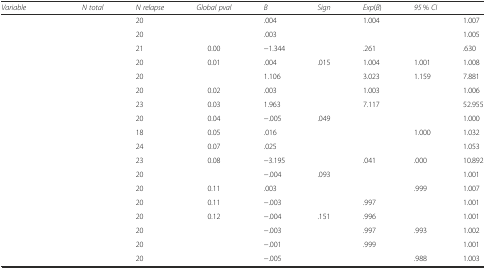
<table><thead><tr><td><b><i>Variable</i></b></td><td><b><i>N total</i></b></td><td><b><i>N relapse</i></b></td><td><b><i>Global pval</i></b></td><td><b><i>B</i></b></td><td><b><i>Sign</i></b></td><td><b><i>Exp</i>(<i>B</i>)</b></td><td colspan="2"><b><i>95</i> % <i>CI</i></b></td></tr></thead><tbody><tr><td>[EMPTY_CELL]</td><td>[EMPTY_CELL]</td><td>20</td><td>[EMPTY_CELL]</td><td>.004</td><td>[EMPTY_CELL]</td><td>1.004</td><td>[EMPTY_CELL]</td><td>1.007</td></tr><tr><td>[EMPTY_CELL]</td><td>[EMPTY_CELL]</td><td>20</td><td>[EMPTY_CELL]</td><td>.003</td><td>[EMPTY_CELL]</td><td>[EMPTY_CELL]</td><td>[EMPTY_CELL]</td><td>1.005</td></tr><tr><td>[EMPTY_CELL]</td><td>[EMPTY_CELL]</td><td>21</td><td>0.00</td><td>−1.344</td><td>[EMPTY_CELL]</td><td>.261</td><td>[EMPTY_CELL]</td><td>.630</td></tr><tr><td>[EMPTY_CELL]</td><td>[EMPTY_CELL]</td><td>20</td><td>0.01</td><td>.004</td><td>.015</td><td>1.004</td><td>1.001</td><td>1.008</td></tr><tr><td>[EMPTY_CELL]</td><td>[EMPTY_CELL]</td><td>20</td><td>[EMPTY_CELL]</td><td>1.106</td><td>[EMPTY_CELL]</td><td>3.023</td><td>1.159</td><td>7.881</td></tr><tr><td>[EMPTY_CELL]</td><td>[EMPTY_CELL]</td><td>20</td><td>0.02</td><td>.003</td><td>[EMPTY_CELL]</td><td>1.003</td><td>[EMPTY_CELL]</td><td>1.006</td></tr><tr><td>[EMPTY_CELL]</td><td>[EMPTY_CELL]</td><td>23</td><td>0.03</td><td>1.963</td><td>[EMPTY_CELL]</td><td>7.117</td><td>[EMPTY_CELL]</td><td>52.955</td></tr><tr><td>[EMPTY_CELL]</td><td>[EMPTY_CELL]</td><td>20</td><td>0.04</td><td>−.005</td><td>.049</td><td>[EMPTY_CELL]</td><td>[EMPTY_CELL]</td><td>1.000</td></tr><tr><td>[EMPTY_CELL]</td><td>[EMPTY_CELL]</td><td>18</td><td>0.05</td><td>.016</td><td>[EMPTY_CELL]</td><td>[EMPTY_CELL]</td><td>1.000</td><td>1.032</td></tr><tr><td>[EMPTY_CELL]</td><td>[EMPTY_CELL]</td><td>24</td><td>0.07</td><td>.025</td><td>[EMPTY_CELL]</td><td>[EMPTY_CELL]</td><td>[EMPTY_CELL]</td><td>1.053</td></tr><tr><td>[EMPTY_CELL]</td><td>[EMPTY_CELL]</td><td>23</td><td>0.08</td><td>−3.195</td><td>[EMPTY_CELL]</td><td>.041</td><td>.000</td><td>10.892</td></tr><tr><td>[EMPTY_CELL]</td><td>[EMPTY_CELL]</td><td>20</td><td>[EMPTY_CELL]</td><td>−.004</td><td>.093</td><td>[EMPTY_CELL]</td><td>[EMPTY_CELL]</td><td>1.001</td></tr><tr><td>[EMPTY_CELL]</td><td>[EMPTY_CELL]</td><td>20</td><td>0.11</td><td>.003</td><td>[EMPTY_CELL]</td><td>[EMPTY_CELL]</td><td>.999</td><td>1.007</td></tr><tr><td>[EMPTY_CELL]</td><td>[EMPTY_CELL]</td><td>20</td><td>0.11</td><td>−.003</td><td>[EMPTY_CELL]</td><td>.997</td><td>[EMPTY_CELL]</td><td>1.001</td></tr><tr><td>[EMPTY_CELL]</td><td>[EMPTY_CELL]</td><td>20</td><td>0.12</td><td>−.004</td><td>.151</td><td>.996</td><td>[EMPTY_CELL]</td><td>1.001</td></tr><tr><td>[EMPTY_CELL]</td><td>[EMPTY_CELL]</td><td>20</td><td>[EMPTY_CELL]</td><td>−.003</td><td>[EMPTY_CELL]</td><td>.997</td><td>.993</td><td>1.002</td></tr><tr><td>[EMPTY_CELL]</td><td>[EMPTY_CELL]</td><td>20</td><td>[EMPTY_CELL]</td><td>−.001</td><td>[EMPTY_CELL]</td><td>.999</td><td>[EMPTY_CELL]</td><td>1.001</td></tr><tr><td>[EMPTY_CELL]</td><td>[EMPTY_CELL]</td><td>20</td><td>[EMPTY_CELL]</td><td>−.005</td><td>[EMPTY_CELL]</td><td>[EMPTY_CELL]</td><td>.988</td><td>1.003</td></tr></tbody></table>